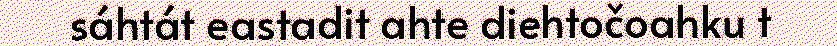
sáhtát eastadit ahte diehtočoahku t